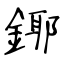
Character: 鎁